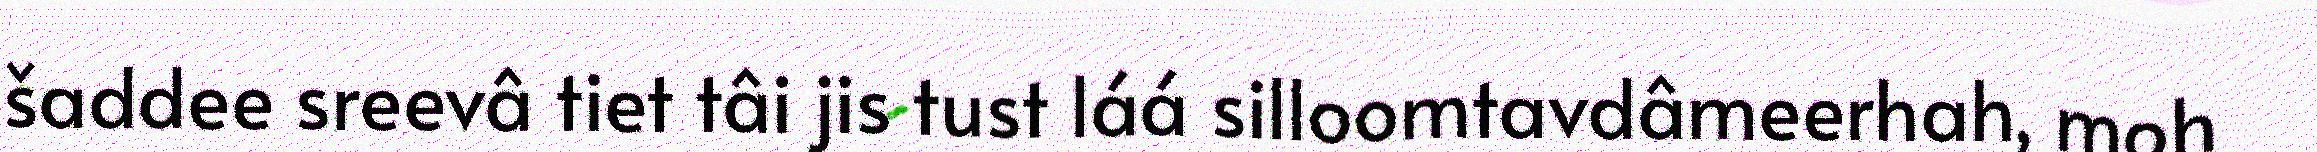
šaddee sreevâ tiet tâi jis tust láá silloomtavdâmeerhah, moh